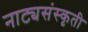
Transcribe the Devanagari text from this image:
नाट्यसंस्कृती